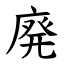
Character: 廃